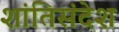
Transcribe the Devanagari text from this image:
शांतिसंदेश